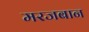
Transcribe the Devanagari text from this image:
मरजबान